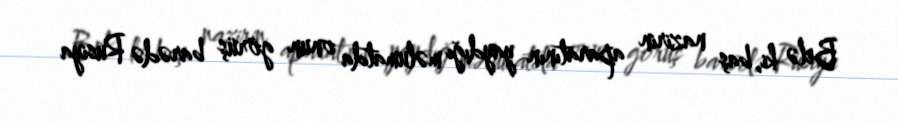
Belə ki, baş nazirin aparatının yaydığı məlumatda onun görüş barədə Rusiya